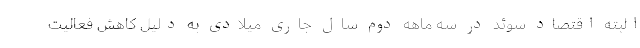
البته اقتصاد سوئد در سه ماهه دوم سال جاری میلادی به دلیل کاهش فعالیت